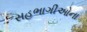
સહભાગીઓના